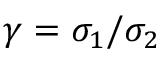
\gamma = \sigma _ { 1 } / \sigma _ { 2 }